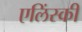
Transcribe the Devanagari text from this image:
एलिंस्की